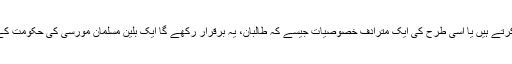
لیکن مسلمان بھی اسلام پسند اصطلاح کو استعمال کرتے ہیں یا اسی طرح کی ایک مترادف خصوصیات جیسے کہ طالبان، یہ برقرار رکھے گا ایک بلین مسلمان مورسی کی حکومت کے خلاف اسKAEFالشباب، خیمانی، اور ایرڈوگان۔